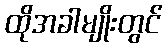
ထိုအခါမျိုးတွင်